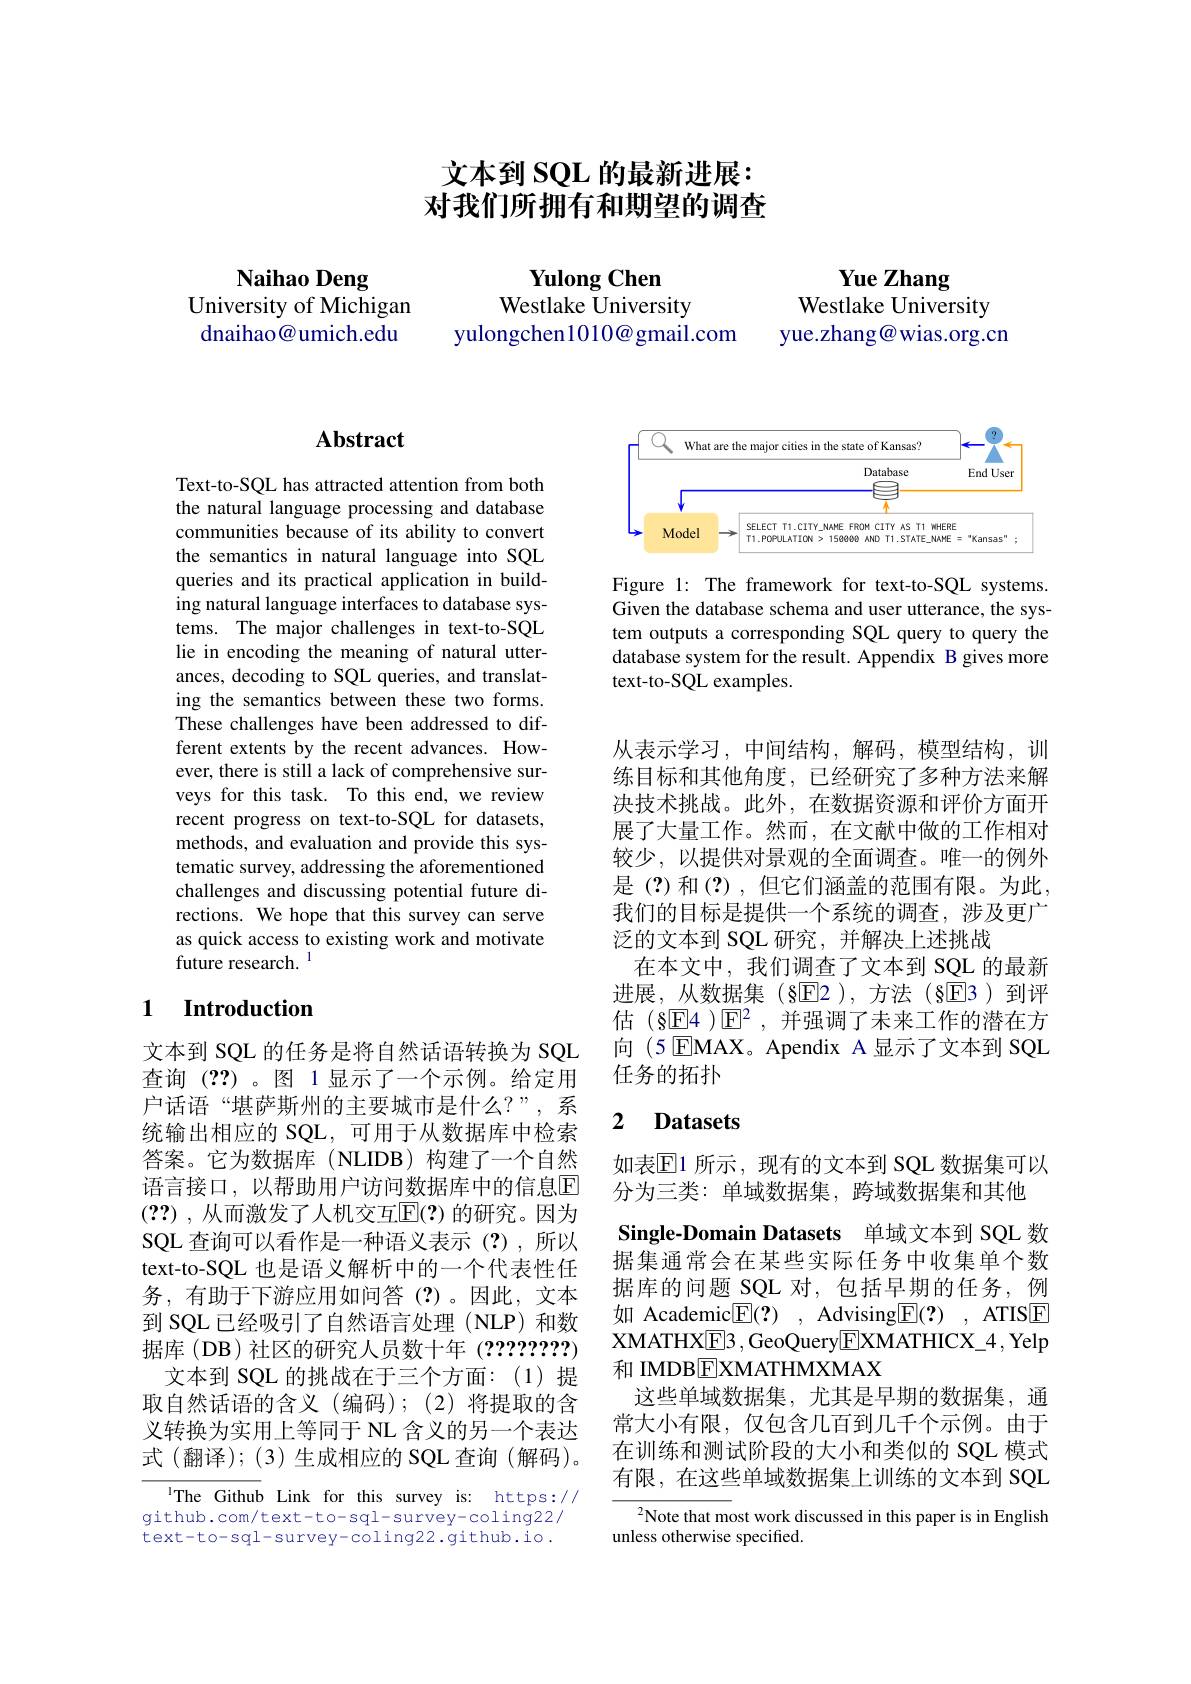
Naihao Deng
University of Michigan dnaihao@umich.edu

# 文本到 SQL 的最新进展： 对我们所拥有和期望的调查

$\textbf{Yulong Chen}$
Westlake $\bar{\text{University}}$
yulongchen1010@gmail.com

Yue Zhang
Westlake University yue.zhang@wias.org.cn

## $\mathbf{Abstract}$

Text-to-SQL has attracted attention from both the natural language processing and database communities because of its ability to convert the semantics in natural language into SQL queries and its practical application in building natural language interfaces to database systems. The major challenges in text-to-SQL lie in encoding the meaning of natural utterances, decoding to SQL queries, and translating the semantics between these two forms. These challenges have been addressed to different extents by the recent advances. However, there is still a lack of comprehensive surveys for this task. To this end, we review recent progress on text-to-SQL for datasets, methods, and evaluation and provide this systematic survey, addressing the aforementioned challenges and discussing potential future directions. We hope that this survey can serve as quick access to existing work and motivate future research. $^{\mathrm{l}}$

## 1 Introduction

文本到 SQL 的任务是将自然话语转换为 SQL 查询(??)。图 1显示了一个示例。给定用户话语“堪萨斯州的主要城市是什么？”,系统输出相应的 SQL,可用于从数据库中检索答案。它为数据库(NLIDB)构建了一个自然语言接口，以帮助用户访问数据库中的信息$\overline{\mathrm{E}}$ (??) , 从而激发了人机交互$\overline {\mathbb{E} }( ? )$ 的研究。因为SQL 查询可以看作是一种语义表示(?),所以text-to-SQL 也是语义解析中的一个代表性任务，有助于下游应用如问答(?)。因此，文本到 SQL 已经吸引了自然语言处理 (NLP)和数据库(DB)社区的研究人员数十年(?????????)
文本到 SQL 的挑战在于三个方面：(1)提取自然话语的含义(编码);(2)将提取的含义转换为实用上等同于 NL 含义的另一个表达式(翻译);(3)生成相应的 SQL 查询(解码)。

${^{1}\text{The Github}}$ Link for this survey is: https://
github.com/text-to-sql-survey-coling22/ text-to-sql-survey-coling22.github.io.

<FigureHere>

Figure 1: The framework for text-to-SQL systems. Given the database schema and user utterance, the system outputs a corresponding SQL query to query the database system for the result. Appendix B gives more text-to-SQL examples.

从表示学习，中间结构，解码，模型结构，训练目标和其他角度，已经研究了多种方法来解决技术挑战。此外，在数据资源和评价方面开展了大量工作。然而，在文献中做的工作相对较少，以提供对景观的全面调查。唯一的例外是(?)和(?),但它们涵盖的范围有限。为此， 我们的目标是提供一个系统的调查，涉及更广泛的文本到 SQL 研究，并解决上述挑战
在本文中，我们调查了文本到 SQL 的最新进展，从数据集(§E2),方法(§E3)到评估(§E4 )$\mathbb{E}^2$,并强调了未来工作的潜在方向 (5 EMAX。Apendix A 显示了文本到 SQL 任务的拓扑

### $\textbf{2}$ $\textbf{Datasets}$

Single-Domain Datasets 单域文本到 SQL 数

如表$\mathbb{E}$1 所示，现有的文本到 SQL 数据集可以
分为三类：单域数据集，跨域数据集和其他
据集通常会在某些实际任务中收集单个数据库的问题 SQL 对，包括早期的任务，例如 Academic$\underline {\mathrm{E} }( ? )$ , Advising$\underline {\mathrm{E} }( ? )$ , ATIS$\underline{\mathrm{E}}$ XMATHX$\underline {\mathrm{E} }\underline {3}$,GeoQuery$\underline{\mathrm{E}}\underline{\mathrm{XMATHICX}}\underline{4}$,Yelp 和 IMDB$\boxed{\mathrm{F}}$XMATHMXMAX
这些单域数据集，尤其是早期的数据集，通常大小有限，仅包含几百到几千个示例。由于在训练和测试阶段的大小和类似的 SQL 模式有限，在这些单域数据集上训练的文本到 SQL
${}^{2}$Note that most work discussed in this paper is in English

unless otherwise specified.